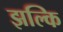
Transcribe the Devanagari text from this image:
झल्कि